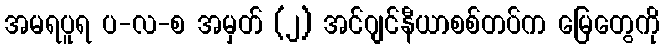
အမရပူရ ပ-လ-စ အမှတ် (၂) အင်ဂျင်နီယာစစ်တပ်က မြေတွေကို